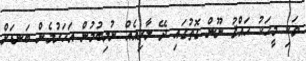
ވަކި މީހަކު ޙައްޤު ނޫން ގޮތުގައި ދޭ ލާރިއެއް ނުލިބުމުން އަހަރުމެން ބަނޑަށް